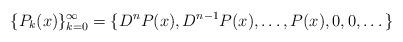
LaTeX: \begin{align*}\{P_{k}(x)\}_{k=0}^\infty=\{D^nP(x),D^{n-1}P(x),\dots,P(x),0,0,\dots\}\end{align*}